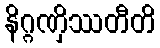
နိဂ္ဂဏှိဿတီတိ